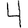
Digit: 4